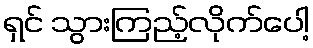
ရှင် သွားကြည့်လိုက်ပေါ့